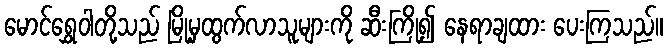
မောင်ရွှေဝါတို့သည် မြို့မှထွက်လာသူများကို ဆီးကြို၍ နေရာချထား ပေးကြသည်။